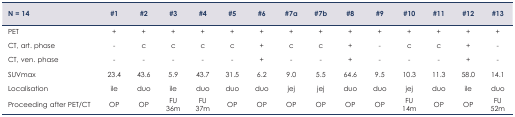
<table><thead><tr><td><b>N = 14</b></td><td><b>#1</b></td><td><b>#2</b></td><td><b>#3</b></td><td><b>#4</b></td><td><b>#5</b></td><td><b>#6</b></td><td><b>#7a</b></td><td><b>#7b</b></td><td><b>#8</b></td><td><b>#9</b></td><td><b>#10</b></td><td><b>#11</b></td><td><b>#12</b></td><td><b>#13</b></td></tr></thead><tbody><tr><td>PET</td><td>+</td><td>+</td><td>+</td><td>+</td><td>+</td><td>+</td><td>+</td><td>+</td><td>+</td><td>+</td><td>+</td><td>+</td><td>+</td><td>+</td></tr><tr><td>CT, art. phase</td><td>-</td><td>c</td><td>c</td><td>c</td><td>c</td><td>+</td><td>c</td><td>c</td><td>+</td><td>-</td><td>c</td><td>c</td><td>+</td><td>-</td></tr><tr><td>CT, ven. phase</td><td>-</td><td>-</td><td>-</td><td>-</td><td>-</td><td>+</td><td>-</td><td>-</td><td>+</td><td>-</td><td>-</td><td>-</td><td>+</td><td>-</td></tr><tr><td>SUVmax</td><td>23.4</td><td>43.6</td><td>5.9</td><td>43.7</td><td>31.5</td><td>6.2</td><td>9.0</td><td>5.5</td><td>64.6</td><td>9.5</td><td>10.3</td><td>11.3</td><td>58.0</td><td>14.1</td></tr><tr><td>Localisation</td><td>ile</td><td>duo</td><td>ile</td><td>duo</td><td>duo</td><td>duo</td><td>jej</td><td>jej</td><td>duo</td><td>duo</td><td>jej</td><td>duo</td><td>ile</td><td>duo</td></tr><tr><td>Proceeding after PET/CT</td><td>OP</td><td>OP</td><td>FU 36m</td><td>FU 37m</td><td>OP</td><td>OP</td><td>OP</td><td>OP</td><td>OP</td><td>OP</td><td>FU 14m</td><td>OP</td><td>OP</td><td>FU 52m</td></tr></tbody></table>